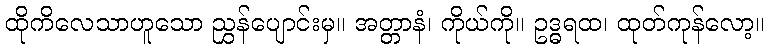
ထိုကိလေသာဟူသော ညွှန်ပျောင်းမှ။ အတ္တာနံ၊ ကိုယ်ကို။ ဥဒ္ဓရထ၊ ထုတ်ကုန်လော့။